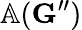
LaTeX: \mathbb{A}(\mathbf{G}^{\prime\prime})